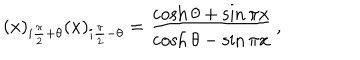
( x ) _ { i \frac { \pi } { 2 } + \theta } ( x ) _ { i \frac { \pi } { 2 } - \theta } = \frac { \cosh \theta + \sin \pi x } { \cosh \theta - \sin \pi x } \, ,